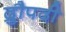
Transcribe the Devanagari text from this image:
द्रुौपदी